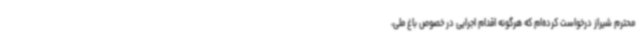
محترم شیراز درخواست کرده‌ام که هرگونه اقدام اجرایی در خصوص باغ ملی،